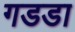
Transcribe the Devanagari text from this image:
गडडा